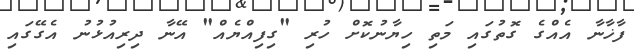
ފާޚާނާ އެއްގެ ގޮތުގައި މަތި ހިޔާނުކޮށް ހުރި "ގިފިއްޔެއް" އޭނާ ދިރިއުޅުނު އެގޭގައި